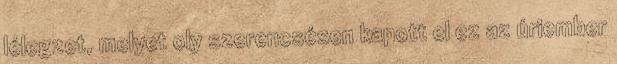
lélegzet, melyet oly szerencsésen kapott el ez az úriember